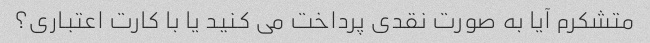
متشکرم آیا به صورت نقدی پرداخت می کنید یا با کارت اعتباری؟